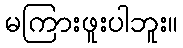
မကြားဖူးပါဘူး။